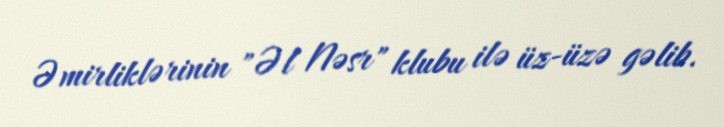
Əmirliklərinin "Əl Nəsr" klubu ilə üz-üzə gəlib.